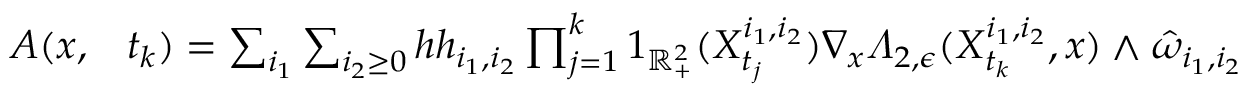
\begin{array} { r l } { A ( x , } & { { } t _ { k } ) = \sum _ { i _ { 1 } } \sum _ { i _ { 2 } \geq 0 } h h _ { i _ { 1 } , i _ { 2 } } \prod _ { j = 1 } ^ { k } 1 _ { \mathbb { R } _ { + } ^ { 2 } } ( X _ { t _ { j } } ^ { i _ { 1 } , i _ { 2 } } ) \nabla _ { x } \varLambda _ { 2 , \epsilon } ( X _ { t _ { k } } ^ { i _ { 1 } , i _ { 2 } } , x ) \wedge \hat { \omega } _ { i _ { 1 } , i _ { 2 } } } \end{array}